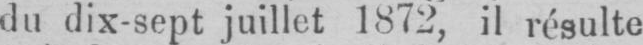
du dix-sept juillet 1872, il résulte